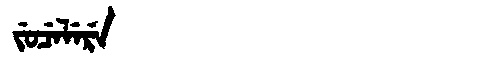
Manchu: ᠵᡠᠴᡝᠯᡝᡵᡝ
Romanization: JUCELERE